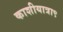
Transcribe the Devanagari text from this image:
काशीयात्रा९